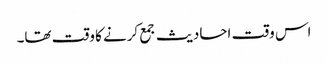
اس وقت احادیث جمع کرنے کا وقت تھا۔